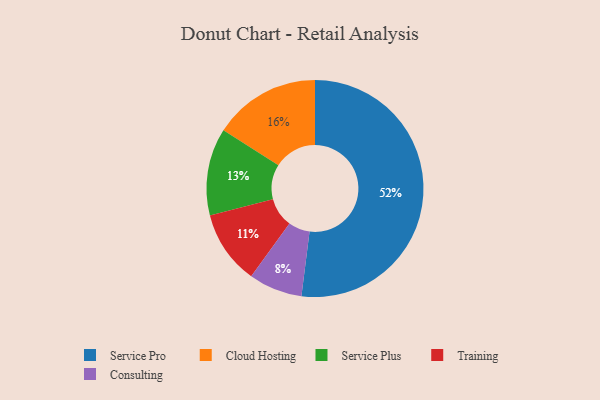
{"axis": {"x": "Category", "y": "Percentage"}, "legend": ["Cloud Hosting", "Consulting", "Service Plus", "Service Pro", "Training"], "data": [{"x": "Cloud Hosting", "y": 16, "type": "Cloud Hosting"}, {"x": "Training", "y": 11, "type": "Training"}, {"x": "Service Pro", "y": 52, "type": "Service Pro"}, {"x": "Service Plus", "y": 13, "type": "Service Plus"}, {"x": "Consulting", "y": 8, "type": "Consulting"}]}